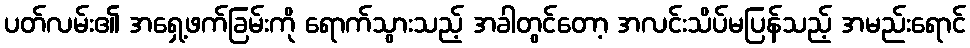
ပတ်လမ်း၏ အရှေ့ဖက်ခြမ်းကို ရောက်သွားသည့် အခါတွင်တော့ အလင်းသိပ်မပြန်သည့် အမည်းရောင်